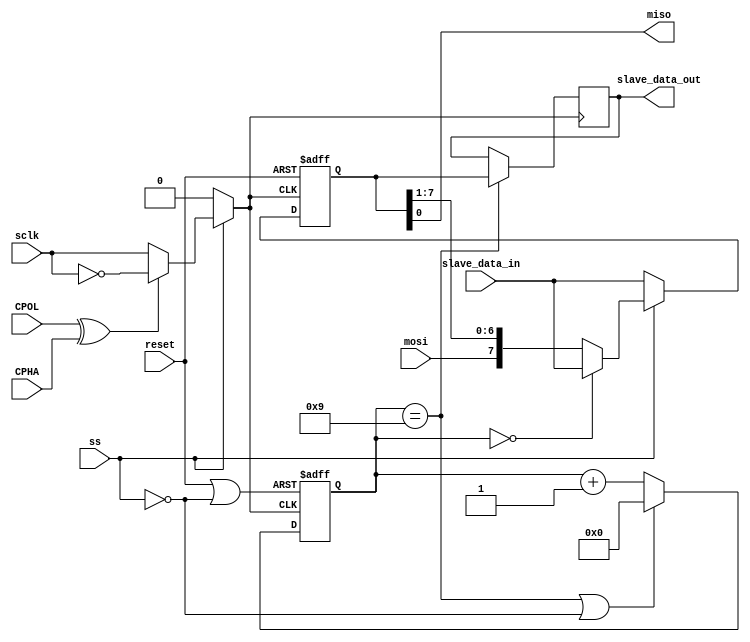
module slave(input sclk,reset,ss,mosi,CPOL,CPHA,
             input [7:0] slave_data_in,
             output miso,
             output reg[7:0] slave_data_out); 
    reg [7:0] next_SPDR,data_out,SPDR_s;
    reg clk_int;
    reg [3:0] count,next_count;
                 
    always@(posedge clk_int)
    slave_data_out <= data_out;
                   
    always@(*)
    begin
         if(ss)
           begin
              if(~(CPOL^CPHA))
                 clk_int=sclk;
              else
                 clk_int=~sclk;
           end
          else
               clk_int=0;
    end

    wire clear_count = reset||(~ss);             
    always @(posedge clk_int or posedge clear_count)// or posedge not_ss)
    begin
    if(clear_count)//|| not_ss)
            count<=0;
        else
            count<=next_count;
    end

    always@(*)
    begin
         if(count==9 || ~ss)
              next_count=0;
         else
              next_count=count+1;
    end

    always@(*)
    begin
         if(ss)
           begin
              if(count==0)
                 next_SPDR=slave_data_in;          
              else
                 next_SPDR={mosi,SPDR_s[7:1]};
            end             
          else
                 next_SPDR=slave_data_in;
    end

    always @(posedge clk_int or posedge reset)
    begin
        if(reset) SPDR_s<=0;
        else        
            SPDR_s<=next_SPDR;
    end      

    assign miso=SPDR_s[0];

    always@(*)
    begin
        if(count==9)
            data_out=SPDR_s;
        else
            data_out=slave_data_out;
    end
endmodule